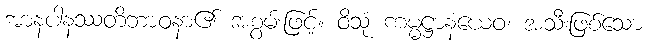
အာနပါနဿတိဘာဝနာ၏ အစွမ်းဖြင့်။ ဝိသုံ ကမ္မဋ္ဌာနံယေဝ၊ အသီးဖြစ်သော